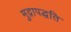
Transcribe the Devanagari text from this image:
मुद्रापद्धति